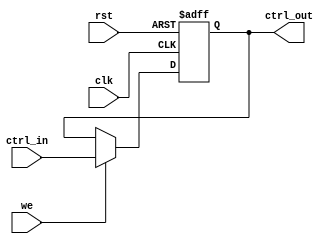
module ControlRegister #(
    parameter N = 8  // Width of the control register
)(
    input wire clk,             // Clock signal
    input wire rst,             // Asynchronous reset signal
    input wire [N-1:0] ctrl_in, // Multi-bit control input signal
    input wire we,              // Write enable signal
    output reg [N-1:0] ctrl_out // Multi-bit control output signal
);

// Asynchronous reset and sequential logic for the control register
always @(posedge clk or posedge rst) begin
    if (rst) begin
        ctrl_out <= {N{1'b0}}; // Reset to predefined state, all zeros
    end else if (we) begin
        ctrl_out <= ctrl_in; // Capture control input on rising edge of clock
    end
    // If we is low, retain the previous value of ctrl_out
end

endmodule